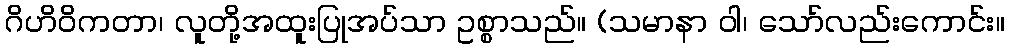
ဂိဟိဝိကတာ၊ လူတို့အထူးပြုအပ်သာ ဥစ္စာသည်။ (သမာနာ ဝါ၊ သော်လည်းကောင်း။